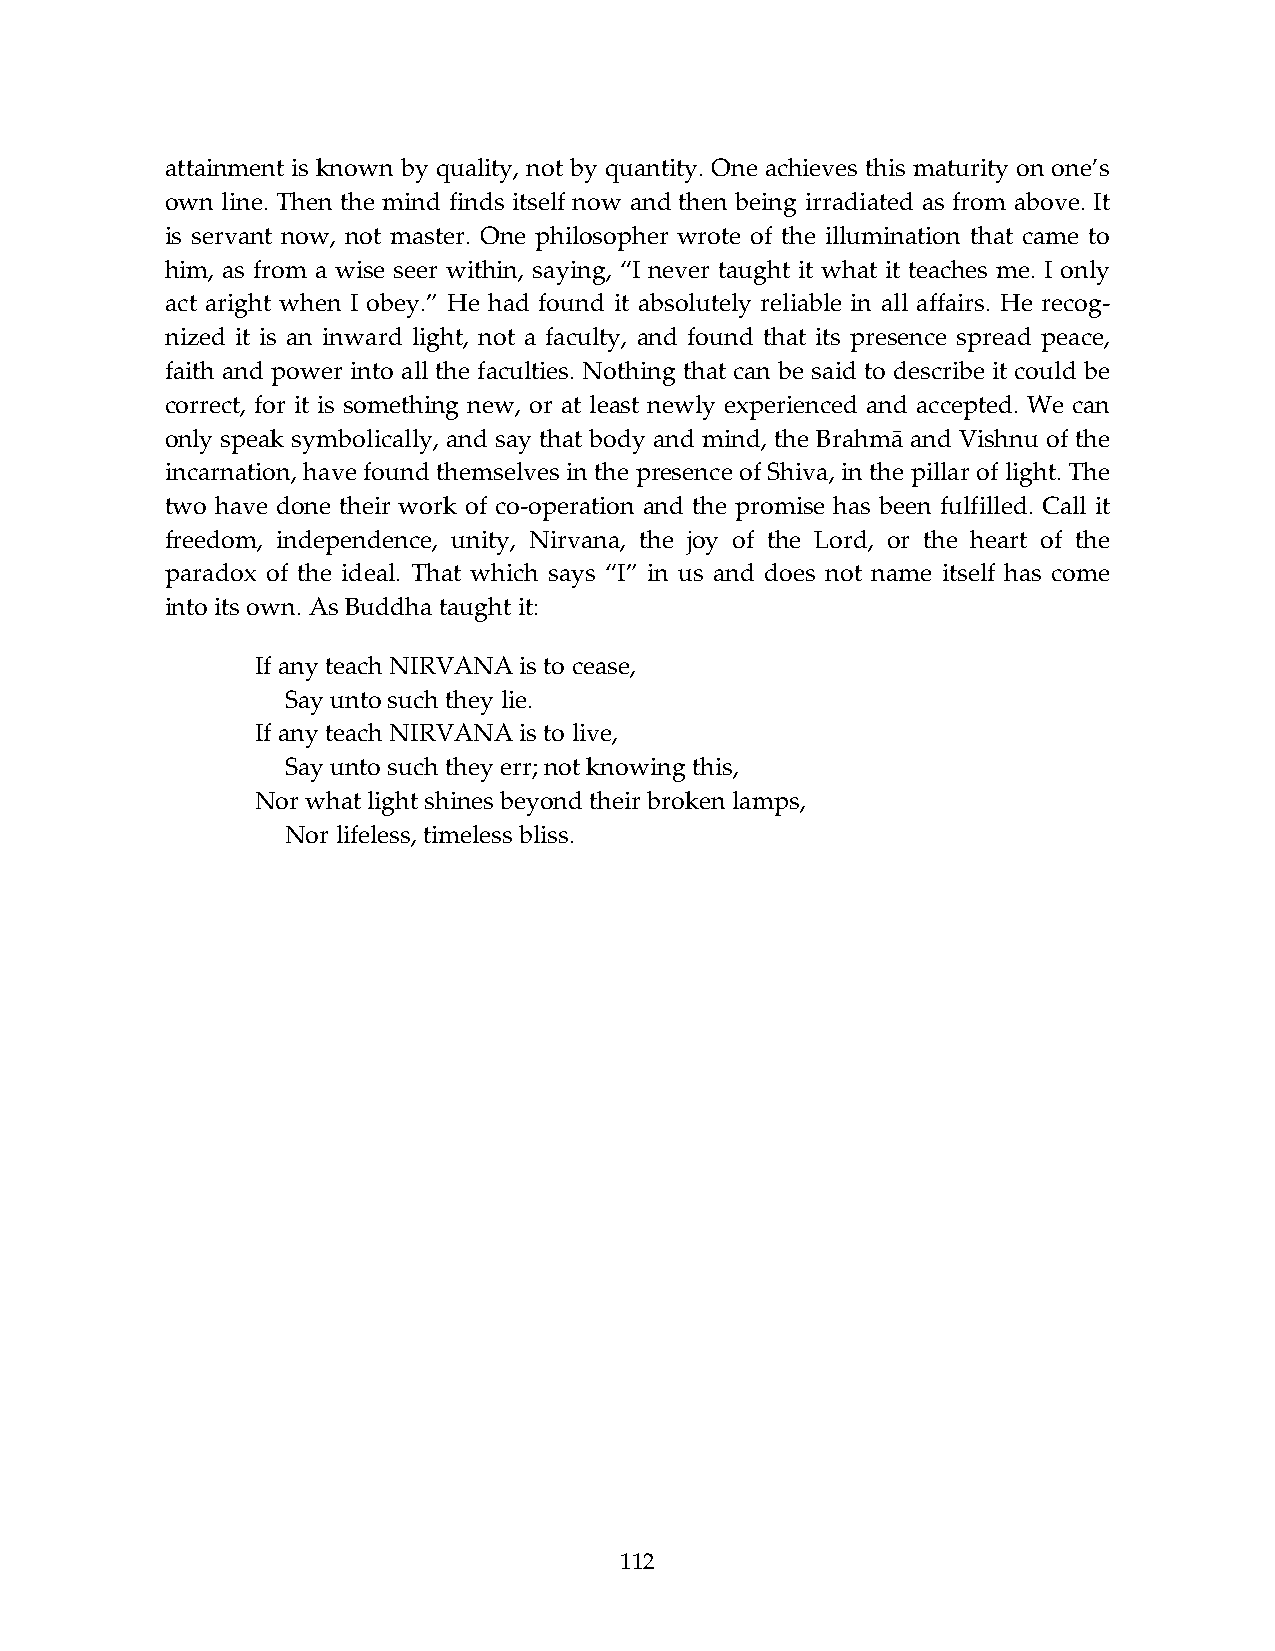
attainment is known by quality, not by quantity. One achieves this maturity on one’s
 own line. Then the mind finds itself now and then being irradiated as from above. It
 is servant now, not master. One philosopher wrote of the illumination that came to
 him, as from a wise seer within, saying, “I never taught it what it teaches me. I only
 act aright when I obey.” He had found it absolutely reliable in all affairs. He recog-
 nized it is an inward light, not a faculty, and found that its presence spread peace,
 faith and power into all the faculties. Nothing that can be said to describe it could be
 correct, for it is something new, or at least newly experienced and accepted. We can
 only speak symbolically, and say that body and mind, the Brahmā and Vishnu of the
 incarnation, have found themselves in the presence of Shiva, in the pillar of light. The
 two have done their work of co-operation and the promise has been fulfilled. Call it
 freedom, independence, unity, Nirvana, the joy of the Lord, or the heart of the
 paradox of the ideal. That which says “I” in us and does not name itself has come
 into its own. As Buddha taught it:
 If any teach NIRVANA is to cease,
 Say unto such they lie.
 If any teach NIRVANA is to live,
 Say unto such they err; not knowing this,
 Nor what light shines beyond their broken lamps,
 Nor lifeless, timeless bliss.
 112